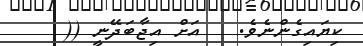
ކިޔައިގެންނެވެ.   އަށް އިޖާބަދޭނީ ((